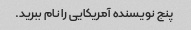
پنج نویسنده آمریکایی را نام ببرید.